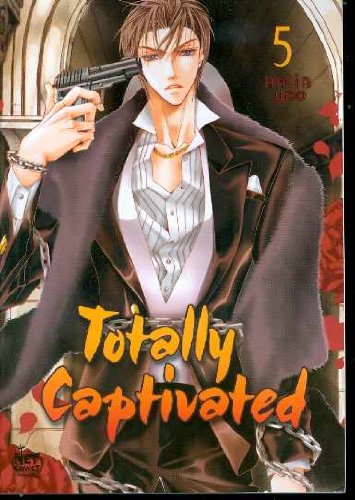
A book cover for Totally Captivated Volume 5 (v. 5); Hajin Yoo; Comics & Graphic Novels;